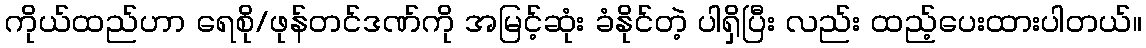
ကိုယ်ထည်ဟာ ရေစို/ဖုန်တင်ဒဏ်ကို အမြင့်ဆုံး ခံနိုင်တဲ့ ပါရှိပြီး လည်း ထည့်ပေးထားပါတယ်။